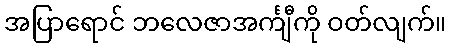
အပြာရောင် ဘလေဇာအင်္ကျီကို ဝတ်လျက်။